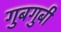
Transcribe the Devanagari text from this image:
गुबगुबी